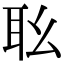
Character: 𦔷